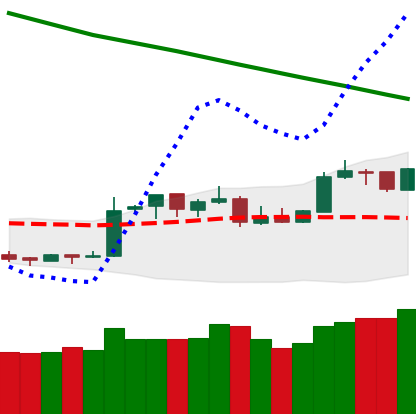
Ticker: XMR-USD
Chart end date: 2019-02-22
Forward return: -5.042%
Label: down_5_7